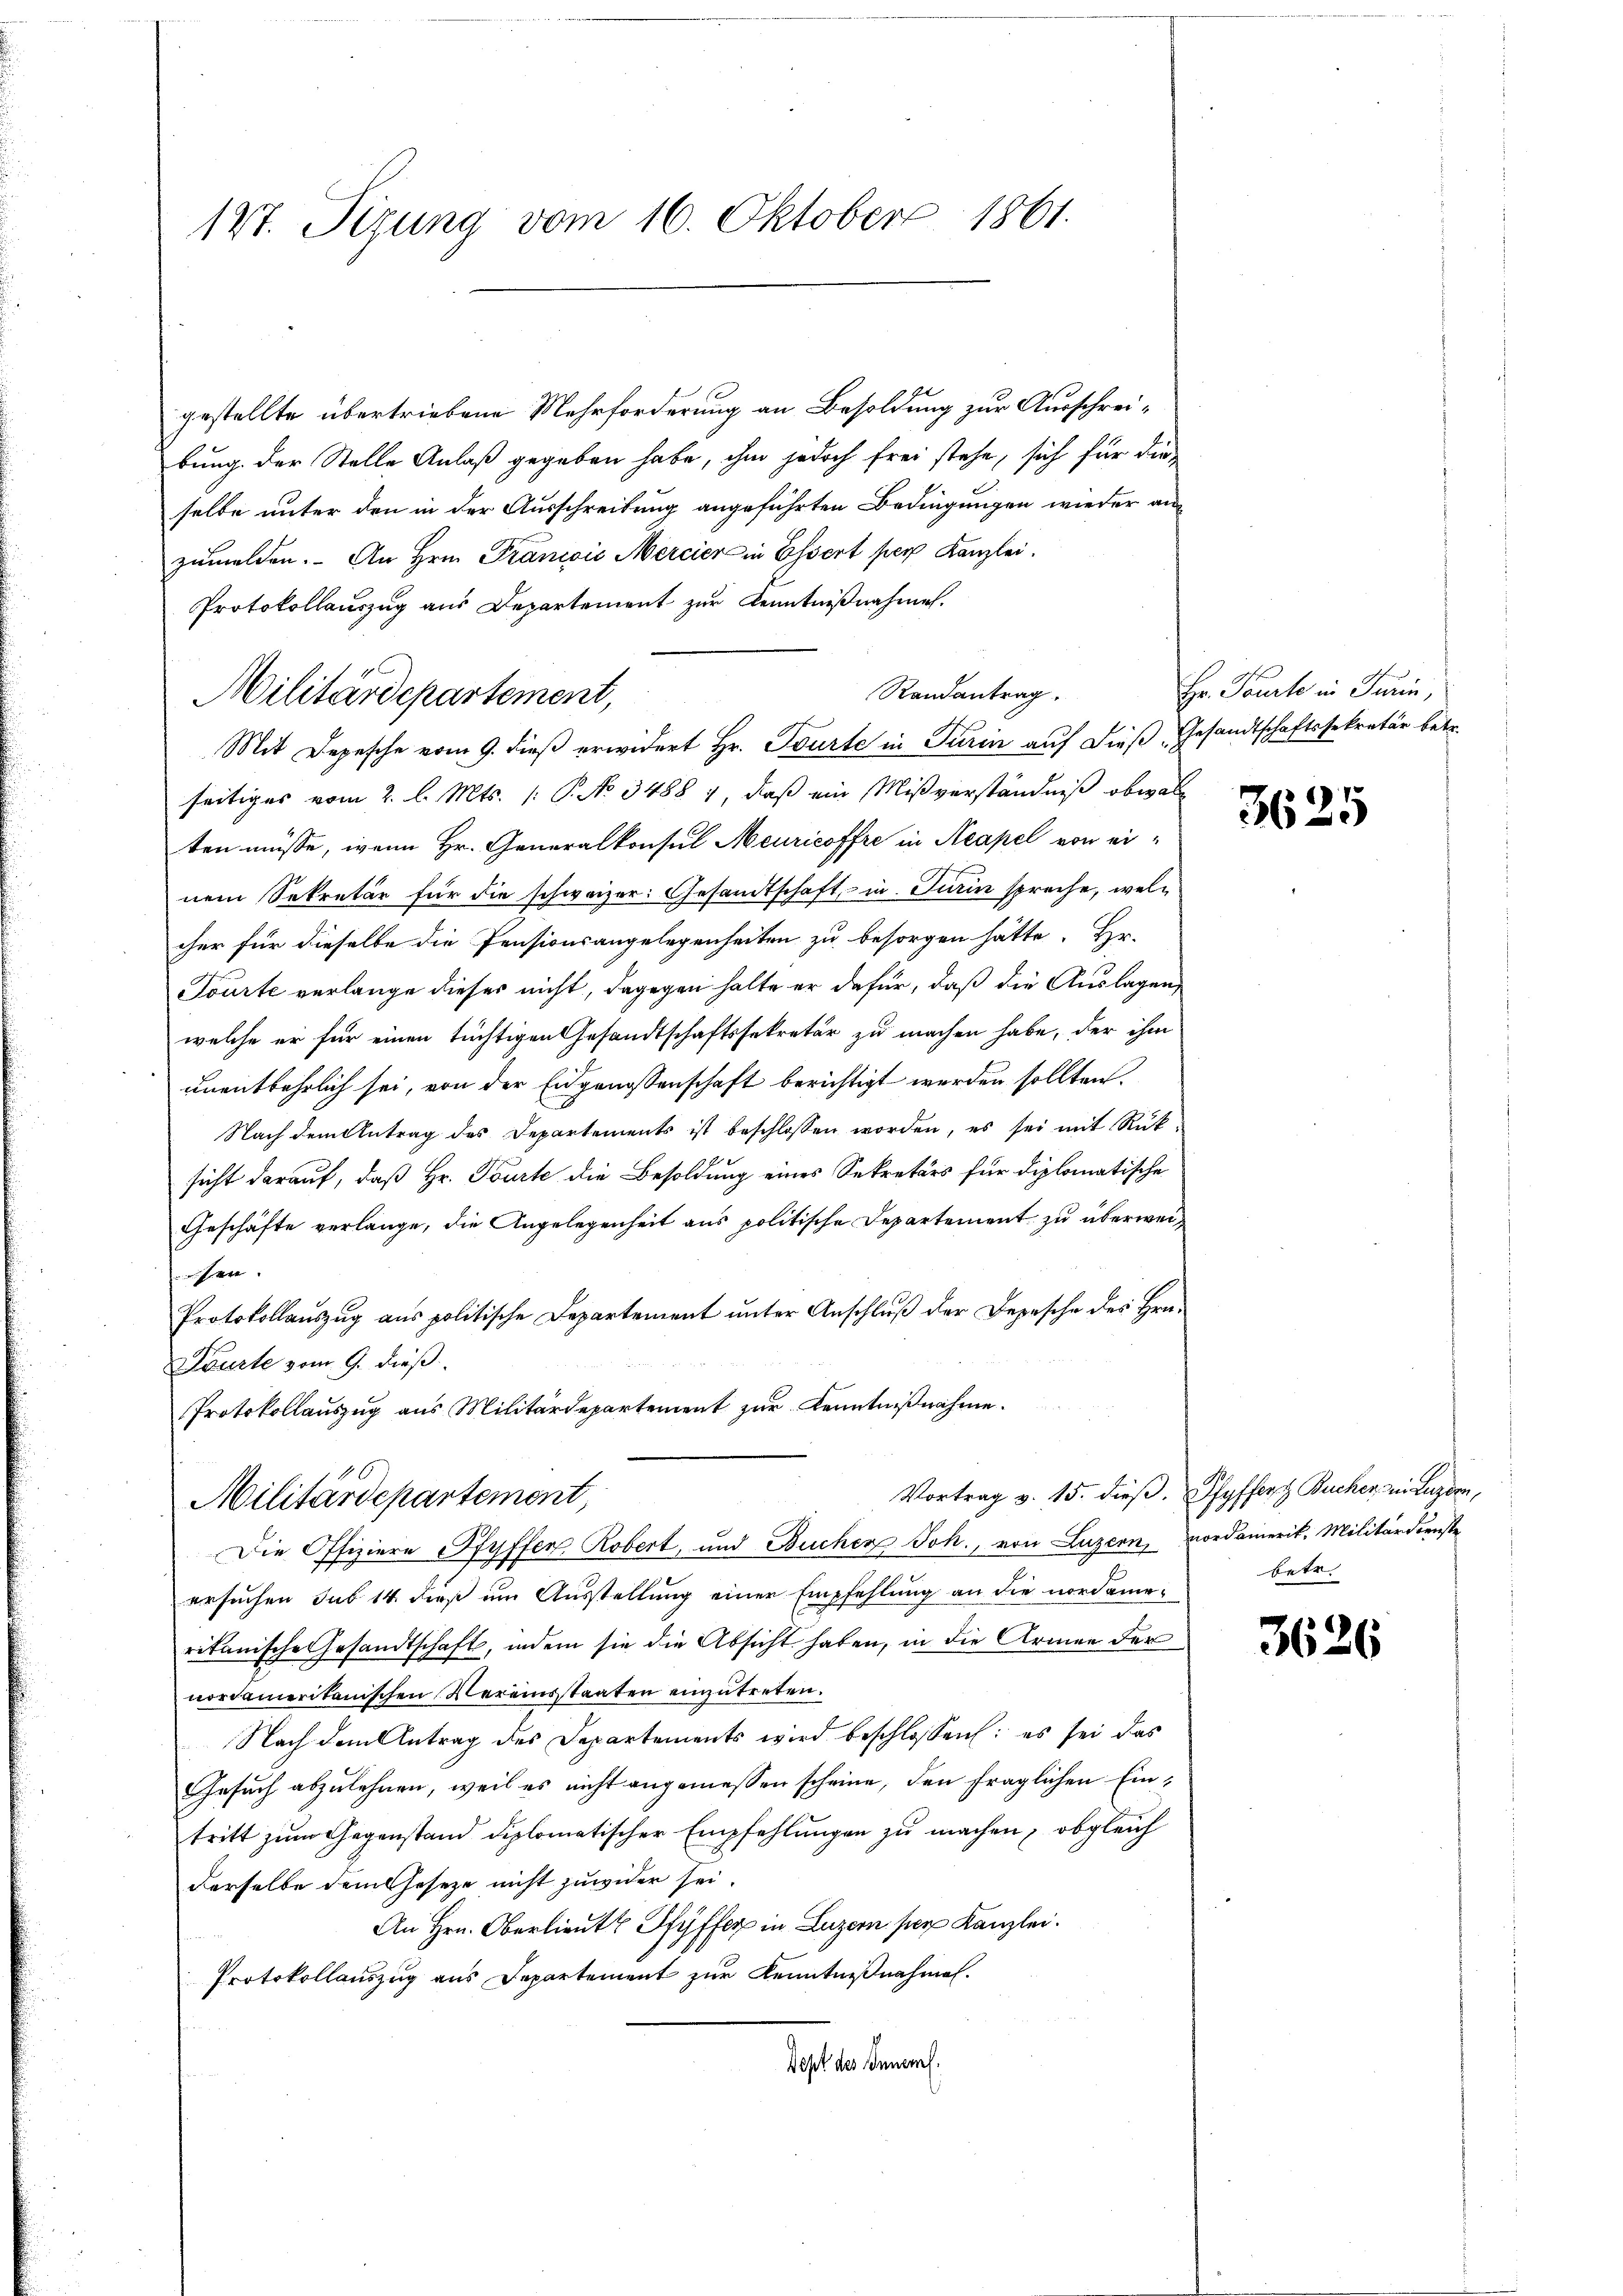
147. Sizung vom 16. Oktober 1861.

Militärdepartement,

Mit Depesche vom 9. dieß erwidert Hr. Tourte in Turin auf dieß Gesandtschaftssekretär betr.

Randantrag.

gestellte übertriebene Mehrforderung an Besoldung zur Ausschreibung der Stelle Anlaß gegeben habe, ihm jedoch frei stehe, sich für die
selbe unter den in der Ausschreibung angeführten Bedingungen wieder anzumelden. An Hrn. Pranović Mercier in Essert per Kanzlei.
Protokollauszug aus Departement zur Kenntnißnahmen.
seitiges vom 2. l. Mts. [ P. No 3488 1, daß ein Mißverständniß obwalten müsse, wenn Hr. Generalkonsul Meuricoffre in Neapel von einem Sekretär für die schweizer: Gesandtschaft, in Turin spreche, welcher für dieselbe die Pensionsangelegenheiten zu besorgen hätte. Hr.
Tourte verlange dieses nicht, dagegen halte er dafür, daß die Auslagen,
welche er für einen tüchtigen Gesandtschaftssekretär zu machen habe, der ihm
unentbehrlich sei, von der Eidgenossenschaft berichtigt werden sollten.
Nach dem Antrag des Departements ist beschlossen worden, es sei mit Rüksicht darauf, daß Hr. Tourte die Besoldung eines Sekretärs für diplomatische
Geschäfte verlange, die Angelegenheit ans politische Departement zu überweisere
Protokollauszug aus politische Departement unter Anschluß der Depesche des Hrn.
Dourte vom 9. dieß.
Protokollauszug aus Militärdepartement zur Kenntnißnahme.
Vortrag v. 15. dieβ. Pfyffert Bucher ein Luzern,
Militärdepartement,
Die Offiziere Pfyffen, Robert, und Bucher Joh., von Luzern, Nordamerik. Militärdienste
ersuchen sub 14. dieß um Ausstellung einer Empfehlung an die nordamerikanische Gesandtschaft, indem sie die Absicht haben, in die Armen der
nordamerikanischen Vereinstaaten einzutreten.
Nach dem Antrag des Departements wird beschlossen: es sei das
Gesuch abzulehnen, weil es nicht angemessen scheine, den fraglichen Eintritt zum Gegenstand diplomatischer Empfehlungen zu machen, obgleich
derselbe dem Gesetze nicht zuwider sei.
An Hrn. Oberlieute Pfyffer in Luzern per Kanzlei.
Protokollauszug aus Departement zur Kenntnißnahmen.
Dept des Innerl.

Hr. Pourte in Turin,

3625

betr.

3626